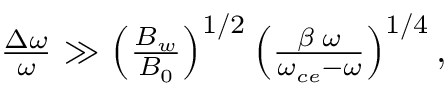
\begin{array} { r } { \frac { \Delta \omega } { \omega } \gg \left( \frac { B _ { w } } { B _ { 0 } } \right) ^ { 1 / 2 } \left( \frac { \beta \; \omega } { \omega _ { c e } - \omega } \right) ^ { 1 / 4 } , } \end{array}